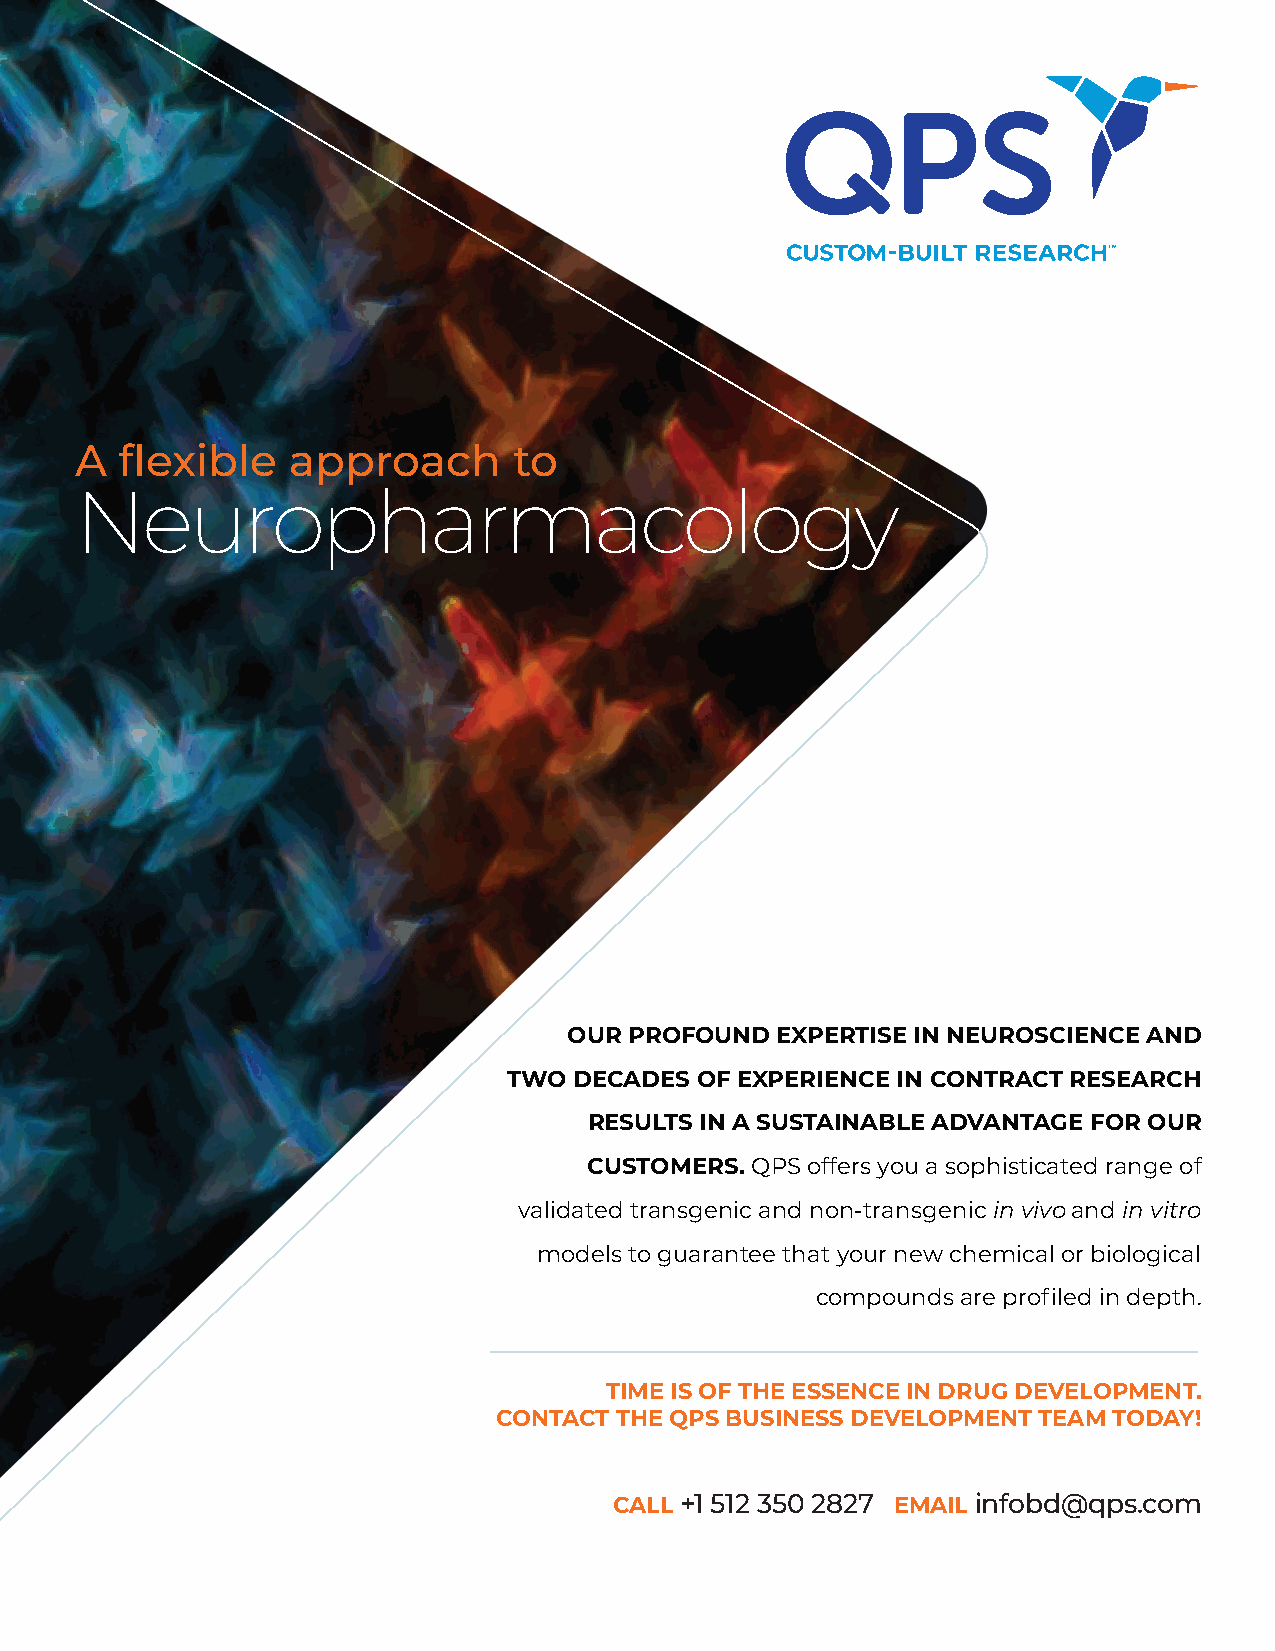
A  flexible   approach       to
 Neuropharmacology
 OUR PROFOUND EXPERTISE IN NEUROSCIENCE AND
 TWO DECADES OF EXPERIENCE IN CONTRACT RESEARCH
 RESULTS IN A SUSTAINABLE ADVANTAGE FOR OUR
 CUSTOMERS. QPS offers you a sophisticated range of
 validated transgenic and non-transgenic in vivo and in vitro
 models to guarantee that your new chemical or biological
 compounds are profiled in depth.
 TIME IS OF THE ESSENCE IN DRUG DEVELOPMENT.
 CONTACT THE QPS BUSINESS DEVELOPMENT TEAM TODAY!
 CALL +1 512 350 2827 EMAIL infobd@qps.com